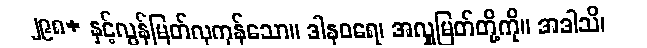
၂၉၈+ နှင့်လွန်မြတ်လှကုန်သော။ ဒါနဝရေ၊ အလှူမြတ်တို့ကို။ အဒါသိ၊